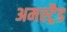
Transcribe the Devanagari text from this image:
अमस्ट्रैड